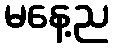
မနေ့ည